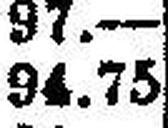
94.75